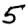
Digit: 5